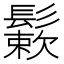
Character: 𩮶